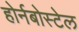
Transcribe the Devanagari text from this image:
होर्नबोस्टेल